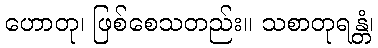
ဟောတု၊ ဖြစ်စေသတည်း။ သစာတုရန္တံ၊